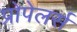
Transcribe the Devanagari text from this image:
प्रोपेलर्स